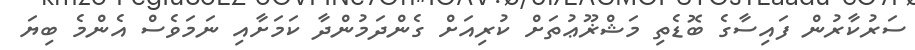
ސަރުކާރުން ފައިސާގެ ބޮޑެތި މަޝްޜޫޢުތަށް ކުރިއަށް ގެންދަމުންދާ ކަމަށާއި ނަމަވެސް އެންމެ ބިޔަ